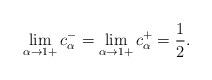
LaTeX: \begin{align*} \lim_{\alpha \to 1+} c_{\alpha}^{-} = \lim_{\alpha \to 1+} c_{\alpha}^{+} = \frac{1}{2}. \end{align*}